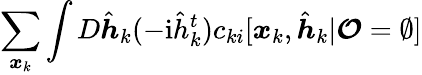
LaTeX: \sum_{\boldsymbol{x}_{k}}\int D\hat{\boldsymbol{h}}_{k}(-\mathrm{i}\hat{h}_{k}^{t})c_{ki}[\boldsymbol{x}_{k},\hat{\boldsymbol{h}}_{k}|\boldsymbol{\mathcal{O}}=\emptyset]